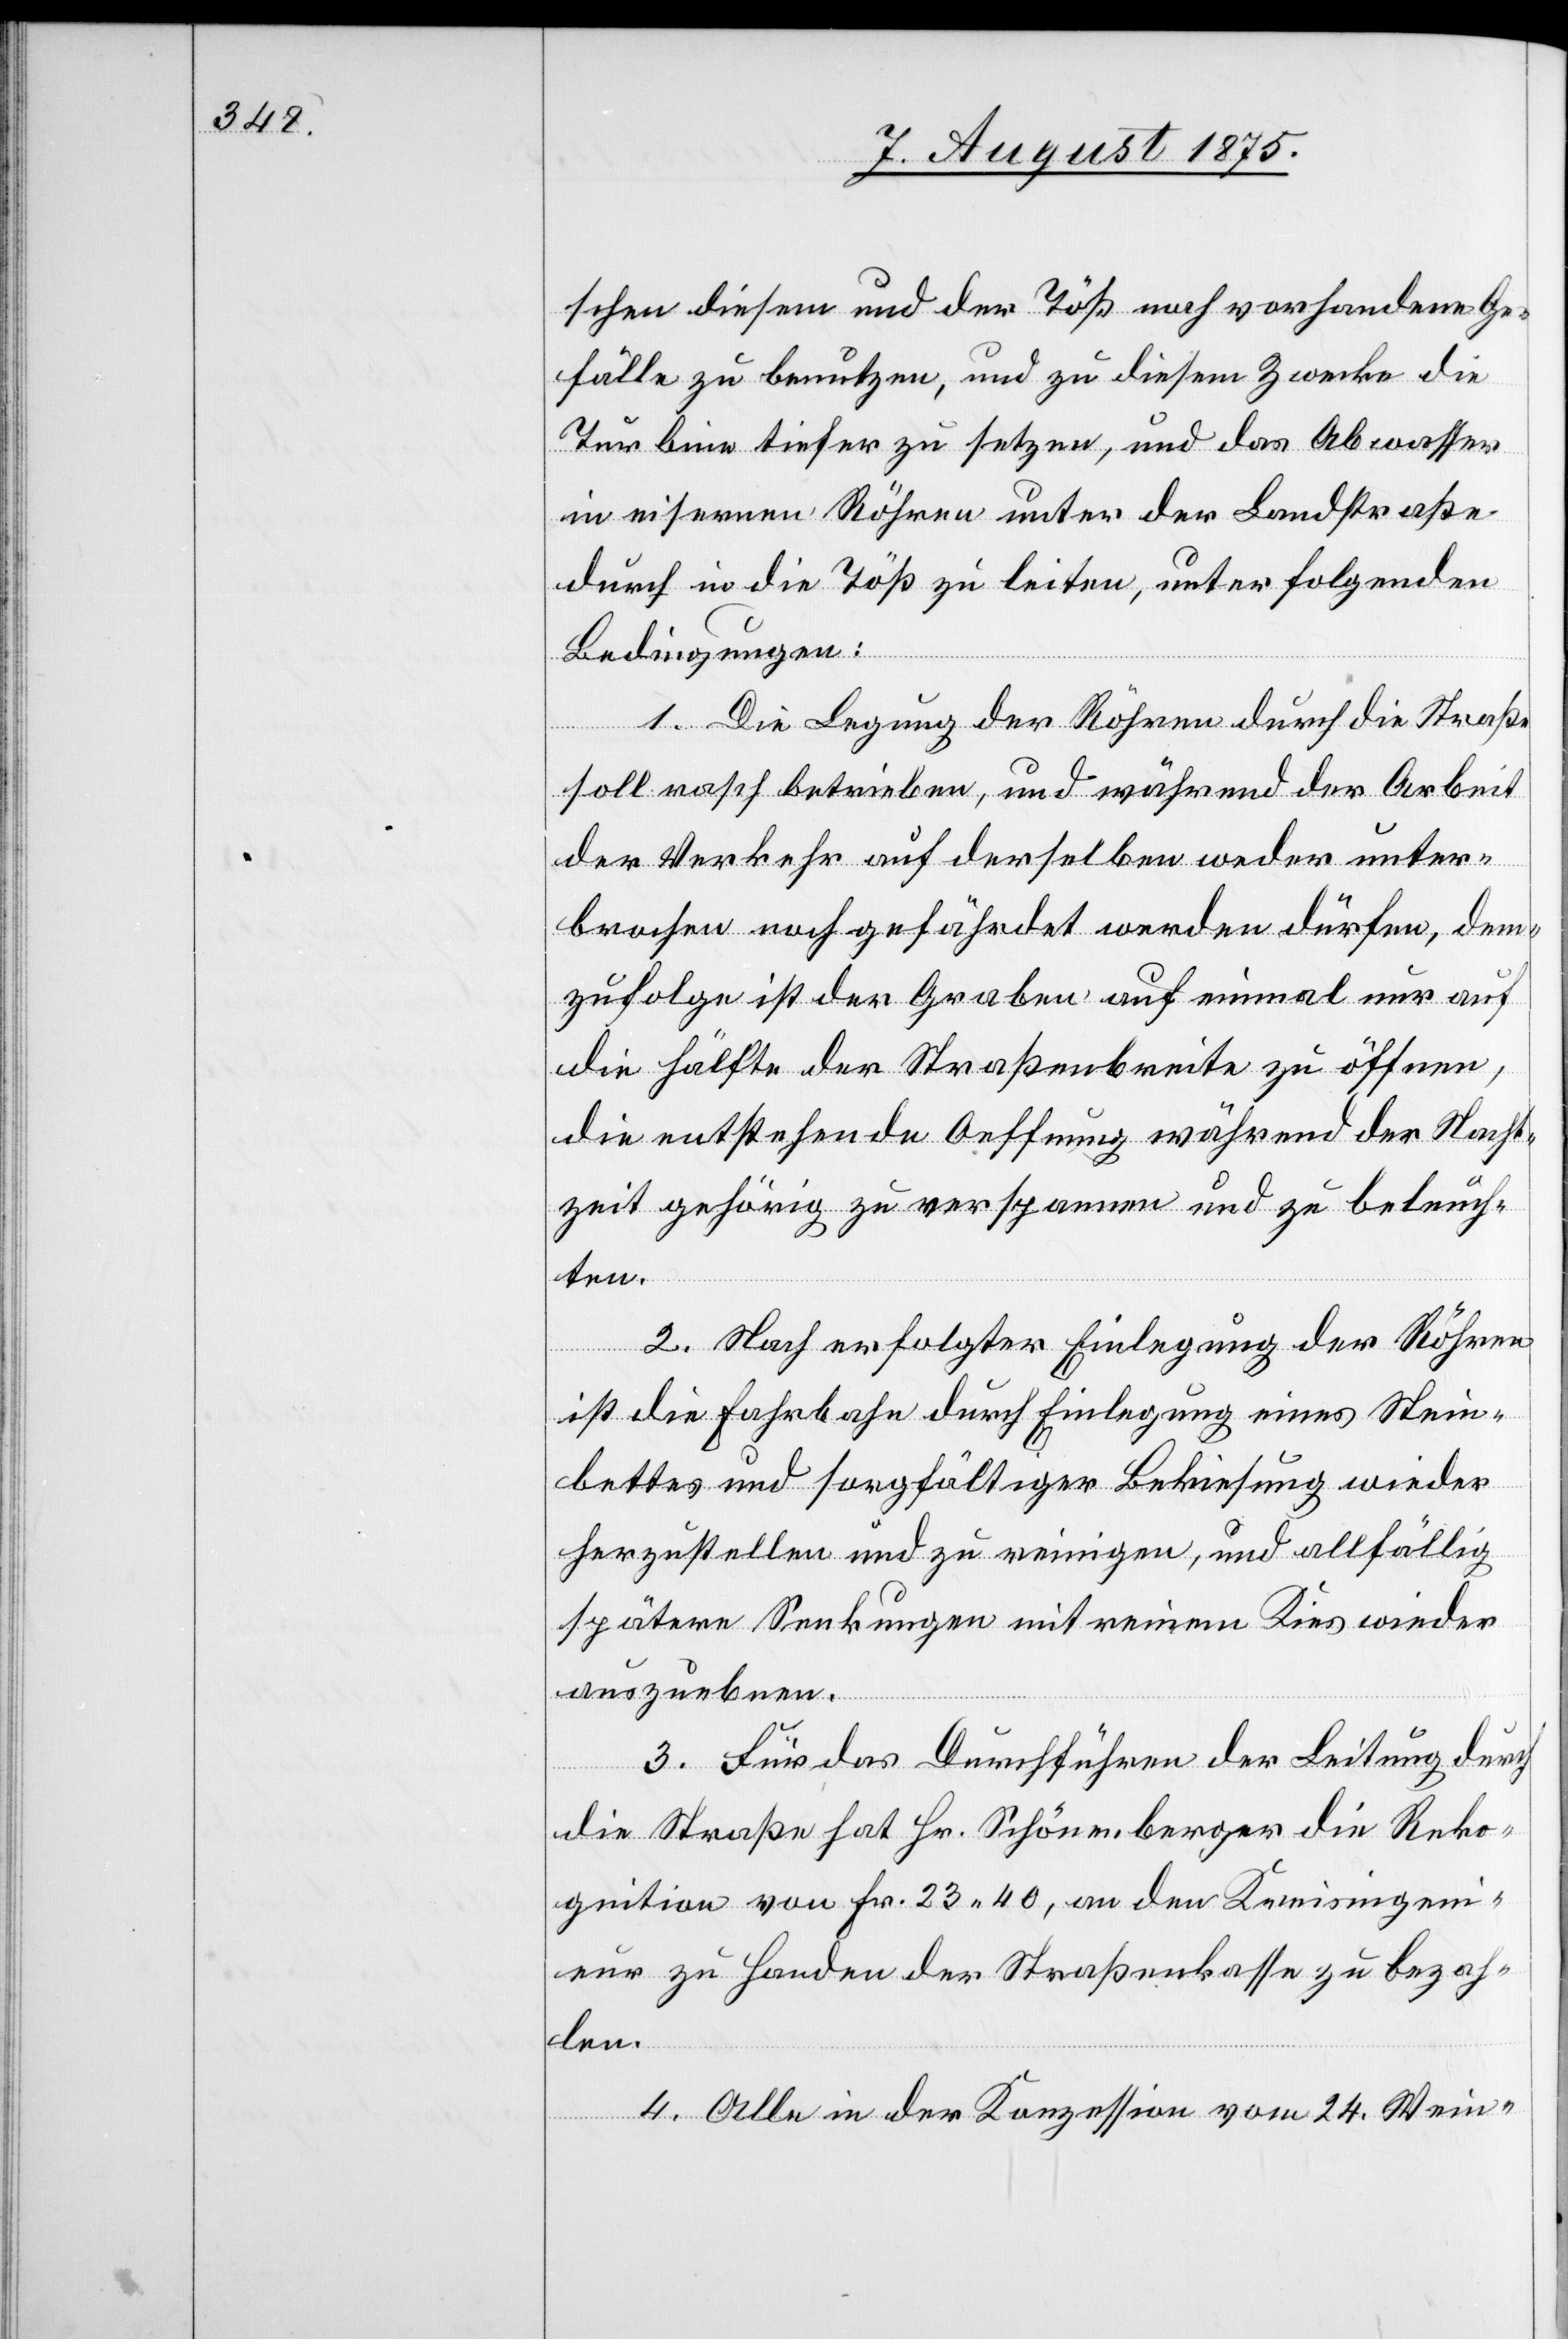
schen diesem und der Töß noch vorhandene Ge¬
fälle zu benutzen, und zu diesem Zwecke die
Turbine tiefer zu setzen, und das Abwasser
in eisernen Röhren unter der Landstraße
durch in die Töß zu leiten, unter folgenden
Bedingungen:
1. Die Legung der Röhren durch die Straße
soll rasch betrieben, und während der Arbeit
der Verkehr auf derselben weder unter¬
brochen noch gefährdet werden dürfen, dem¬
zufolge ist der Graben auf einmal nur auf
die Hälfte der Straßenbreite zu öffnen,
die entstehende Oeffnung während der Nacht¬
zeit gehörig zu verspannen und zu beleuch¬
ten.
2. Nach erfolgter Einlegung der Röhren
ist die Fahrbahn durch Einlegung eines Stein¬
bettes und sorgfältiger Bekiesung wieder
herzustellen und zu reinigen, und allfällig
spätere Senkungen mit reinem Kies wieder
auszuebnen.
3. Für das Durchführen der Leitung durch
die Straße hat Hr. Schönenberger die Reko¬
gnition von Fr. 23 40, an den Kreisingen¬
ieur zu Handen der Straßenkasse zu bezah¬
len.
4. Alle in der Konzession vom 24. Wein-